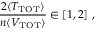
{ \frac { 2 \langle T _ { \mathrm { T O T } } \rangle } { n \langle V _ { \mathrm { T O T } } \rangle } } \in \left[ 1 , 2 \right] \, ,